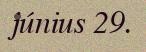
június 29.